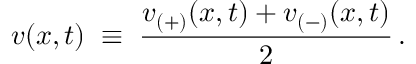
v ( x , t ) \; \equiv \; \frac { v _ { ( + ) } ( x , t ) + v _ { ( - ) } ( x , t ) } { 2 } \, .